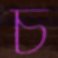
চ